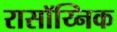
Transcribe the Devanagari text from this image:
रासॉय्निक